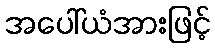
အပေါ်ယံအားဖြင့်